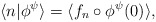
\begin{align*}\langle n|\phi^{\psi}\rangle=\langle f_{n}\circ\phi^{\psi}(0)\rangle,\end{align*}